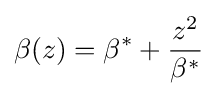
\beta (z)=\beta ^{*}+{\dfrac {z^{2}}{\beta ^{*}}}